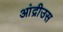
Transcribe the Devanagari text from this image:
आंद्रीउस